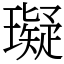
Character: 𤪦